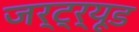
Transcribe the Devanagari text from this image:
जर्ट्र्यूड